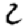
Digit: 2